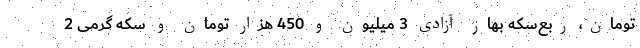
تومان، ربع‌سکه بهار آزادی 3 میلیون و 450 هزار تومان و سکه گرمی 2